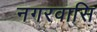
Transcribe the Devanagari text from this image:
नगरवासि